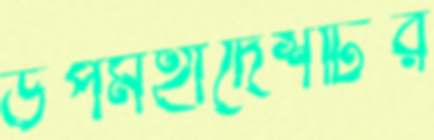
উপমহাদেশটির